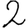
Digit: 2